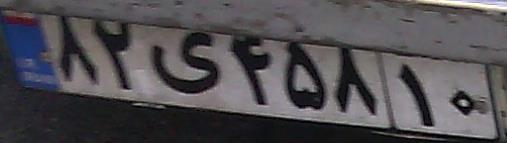
۸۲ی۴۵۸۱۰